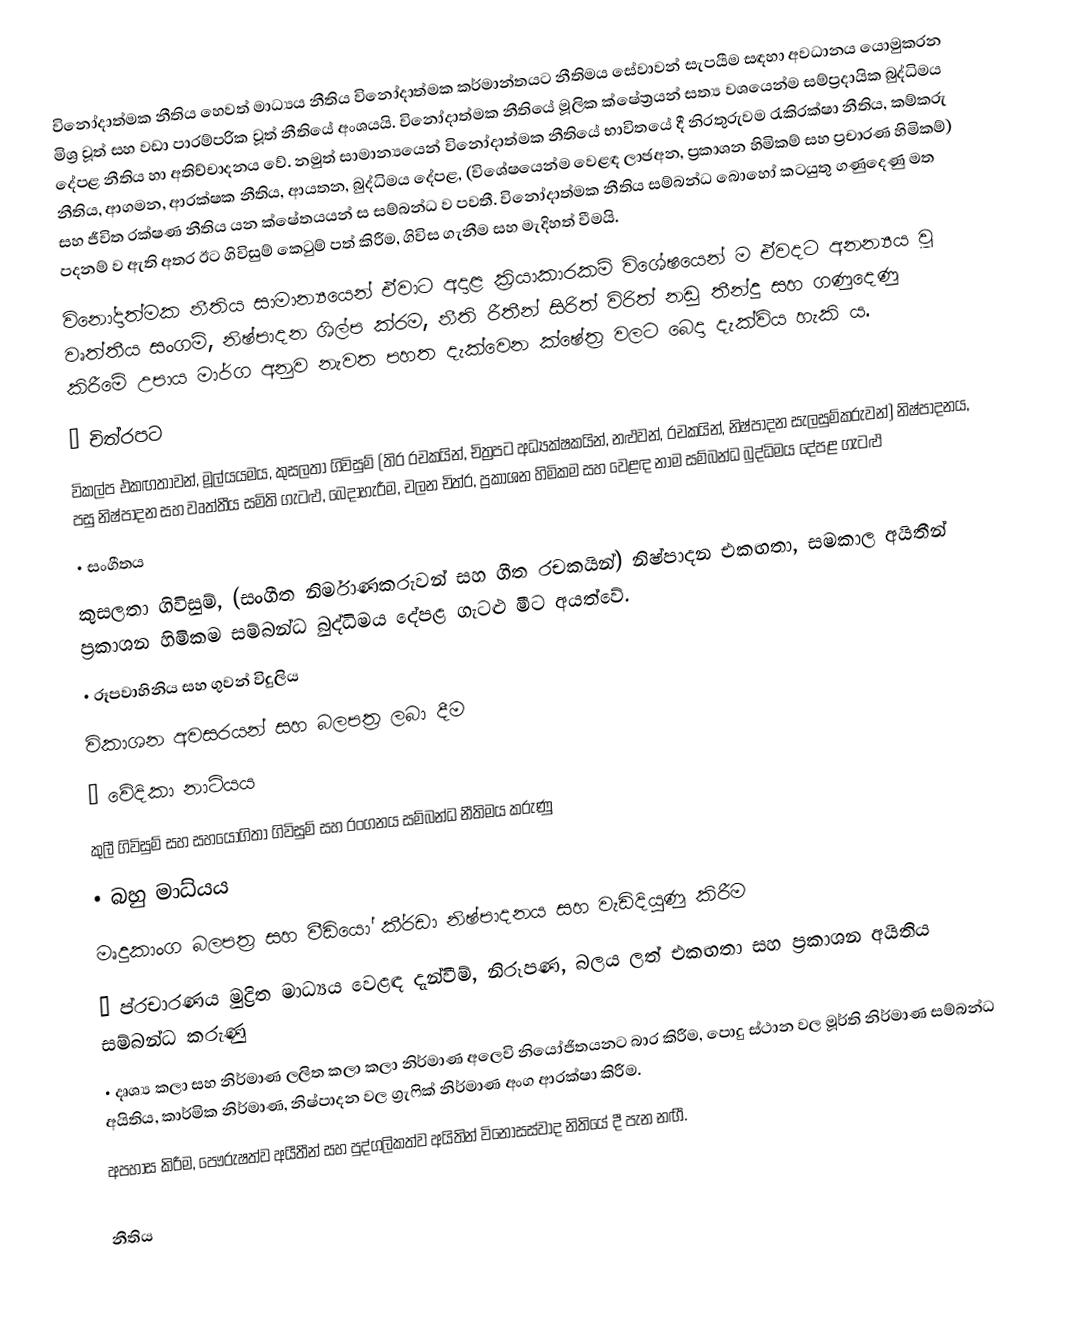
විනෝදාත්මක නීතිය හෙවත් මාධ්‍යය නීතිය  විනෝදාත්මක කර්මාන්තයට නීතිමය සේවාවන් සැපයීම සඳහා අවධානය යොමුකරන මිශ්‍ර වූත් සහ වඩා පාරම්පරික වූත් නීතියේ අංශයයි. විනෝදාත්මක නීතියේ මූලික ක්ෂේත්‍රයන් සත්‍ය වශයෙන්ම සම්ප්‍රදායික බුද්ධිමය දේපළ නීතිය හා අතිච්චාදනය වේ. නමුත් සාමාන්‍යයෙන් විනෝදාත්මක නීතියේ භාවිතයේ දී නිරතුරුවම රැකිරක්ෂා නීතිය, කම්කරු නීතිය, ආගමන, ආරක්ෂක නීතිය, ආයතන, බුද්ධිමය දේපළ, (විශේෂයෙන්ම වෙළඳ ලාඡඅන, ප්‍රකාශන හිමිකම් සහ ප්‍රචාරණ හිමිකම්) සහ ජීවිත රක්ෂණ නීතිය යන ක්ෂේතයයන් ස සම්බන්ධ ව පවතී. විනෝදාත්මක නීතිය සම්බන්ධ බොහෝ කටයුතු ගණුදෙණු මත පදනම් ව ඇති අතර ඊට ගිවිසුම් කෙටුම් පත් කිරීම, ගිවිස ගැනීම සහ මැදිහත් වීමයි.
විනෝදාත්මක නීතිය සාමාන්‍යයෙන් ඒවාට අදාළ ක්‍රියාකාරකම් විශේෂයෙන් ම ඒවදට අනන්‍යය වූ වෘත්තීය සංගම්, නිෂ්පාදන ශිල්ප ක්රම, නීති රීතීන් සිරිත් විරිත් නඩු තීන්දු සහ ගණුදෙණු කිරීමේ උපාය මාර්ග අනුව නැවත පහත දැක්වෙන ක්ෂේත්‍ර වලට බෙදා දැක්විය හැකි ය.
•	චිත්රපට
විකල්ප එකඟතාවන්,  මූල්යයමය, කුසලතා ගිවිසුම් (තිර රචකයින්, චිත්‍රපට අධ්‍යක්ෂකයින්, නළුවන්, රචකයින්, නිෂ්පාදන සැලසුම්කරුවන්) නිෂ්පාදනය, පසු නිෂ්පාදන සහ වෘත්තීය සමිති ගැටළු, බෙදාහැරීම, චලන චිත්ර, ප්‍රකාශන හිමිකම සහ වෙළඳ නාම සම්බන්ධ බුද්ධිමය දේපළ ගැටළු
•	සංගීතය
කුසලතා ගිවිසුම්, (සංගීත නිර්මාණකරුවන් සහ ගීත රචකයින්) නිෂ්පාදන එකඟතා, සමකාල අයිතීන් ප්‍රකාශන හිමිකම සම්බන්ධ බුද්ධිමය දේපළ ගැටළු මීට අයත්වේ.
•	රූපවාහිනිය සහ ගුවන් විදුලිය
විකාශන අවසරයන් සහ බලපත්‍ර ලබා දීම
•	වේදිකා නාට්යය
කුලී ගිවිසුම් සහ සහයෝගිතා ගිවිසුම් සහ රංගනය සම්බන්ධ නීතිමය කරුණු
•	බහු මාධ්යය
මෘදුකාංග බලපත්‍ර සහ වීඩියෝ කී්‍රඩා නිෂ්පාදනය සහ වැඩිදියුණු කිරීම
•	ප්රචාරණය මුද්‍රිත මාධ්‍යය වෙළඳ දැන්වීම්, නිරූපණ, බලය ලත් එකඟතා සහ ප්‍රකාශන අයිතිය සම්බන්ධ කරුණු
•	දෘශ්‍ය කලා සහ නිර්මාණ ලලිත කලා කලා නිර්මාණ අලෙවි නියෝජිතයනට බාර කිරීම, පොදු ස්ථාන වල මූර්ති නිර්මාණ සම්බන්ධ අයිතිය, කාර්මික නිර්මාණ, නිෂ්පාදන වල ග්‍රැෆික් නිර්මාණ අංග ආරක්ෂා කිරීම.
අපහාස කිරීම, පෞරුෂත්ව අයීතීන් සහ පුද්ගලිකත්ව අයිතින් විනෝසස්වාද නිතියේ දී පැන නඟී.

නීතිය